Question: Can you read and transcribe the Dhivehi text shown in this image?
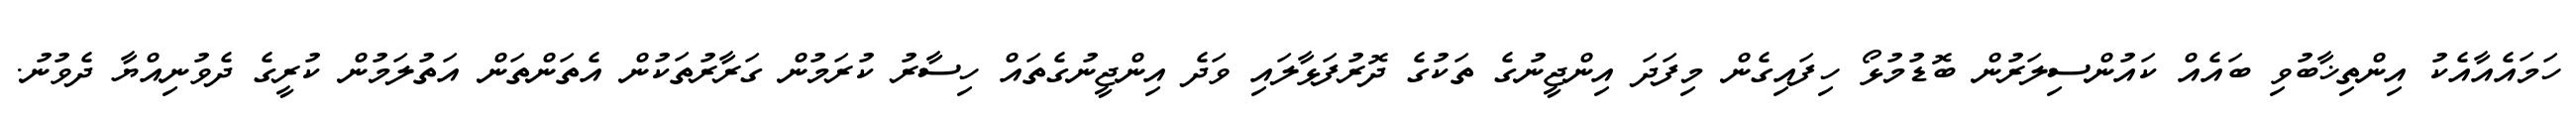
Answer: ހަމައެއާއެކު އިންތިޚާބުވި ބައެއް ކައުންސިލަރުން ބޮޑުމުޅޯ ހިފައިގެން މިފަދަ އިންޖީނުގެ ތަކުގެ ދޮރުފަޅާލައި ވަދެ އިންޖީނުގެތައް ހިސާރު ކުރަމުން ގަރާރުތަކުން އެތަންތަން އަތުލަމުން ކުރީގެ ދެވުނިއްޔާ ދެވުނު.